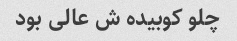
چلو کوبیده ش عالى بود